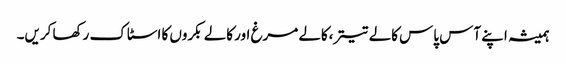
ہمیشہ اپنے آس پاس کالے تیتر،کالے مرغ اور کالے بکروں کا اسٹاک رکھا کریں۔